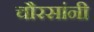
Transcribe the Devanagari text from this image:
चौरसांनी